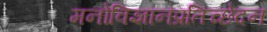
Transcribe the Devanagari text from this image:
मनोविज्ञानप्रतिच्छेदन